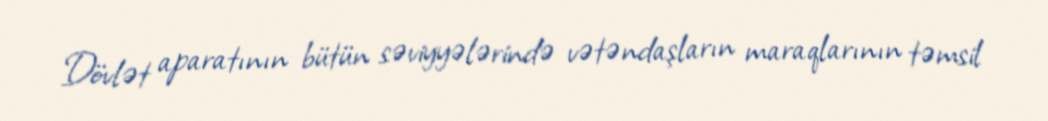
Dövlət aparatının bütün səviyyələrində vətəndaşların maraqlarının təmsil